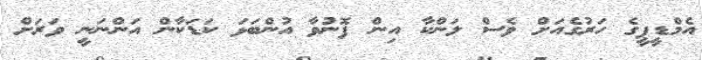
އެމްޑީޕީގެ ހަރުގެއަށް ވެސް ލަންކާ އިން ފޮނުވާ އުންބަޅަ ކަޑަކާން އަންނަނީ ވަރަށް